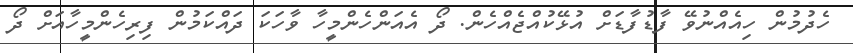
ހެދުމުން ހިއެއްނުވޭ ފާޑުފާޑަށް އުޅޭކުއްޖެއްހެން. ދޯ އެއަންހެންމީހާ ވާހަކަ ދައްކަމުން ފިރިހެންމީހާއަށް ދޯ